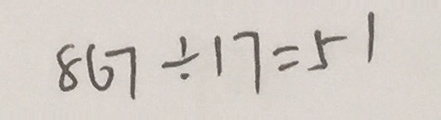
8 6 7 \div 1 7 = 5 1